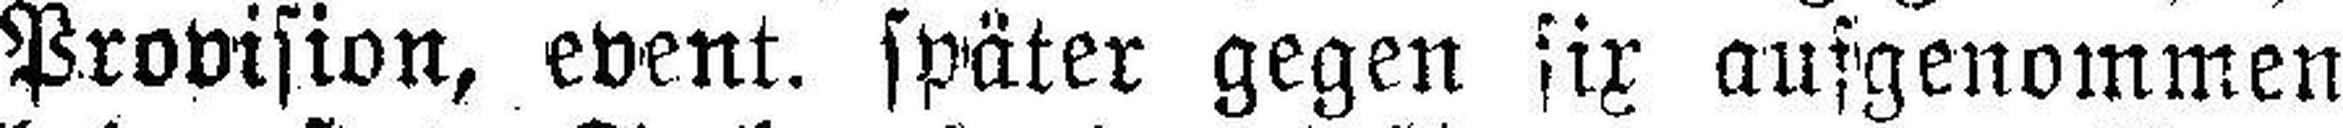
Provision, event. später gegen fix aufgenommen